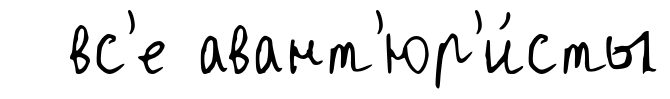
вс'е авант'юр'и́сты